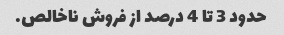
حدود 3 تا 4 درصد از فروش ناخالص.